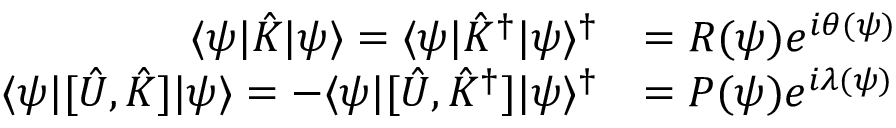
\begin{array} { r l } { \langle \psi | \hat { K } | \psi \rangle = \langle \psi | \hat { K } ^ { \dag } | \psi \rangle ^ { \dag } } & { = R ( \psi ) e ^ { i \theta ( \psi ) } } \\ { \langle \psi | [ \hat { U } , \hat { K } ] | \psi \rangle = - \langle \psi | [ \hat { U } , \hat { K } ^ { \dag } ] | \psi \rangle ^ { \dag } } & { = P ( \psi ) e ^ { i \lambda ( \psi ) } } \end{array}